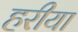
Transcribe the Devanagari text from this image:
हरीया